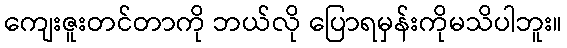
ကျေးဇူးတင်တာကို ဘယ်လို ပြောရမှန်းကိုမသိပါဘူး။